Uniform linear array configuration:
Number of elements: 24
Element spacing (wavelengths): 1
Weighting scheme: cosine
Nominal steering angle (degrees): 60
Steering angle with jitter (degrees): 58.06
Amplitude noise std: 0.05
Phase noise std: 0.05

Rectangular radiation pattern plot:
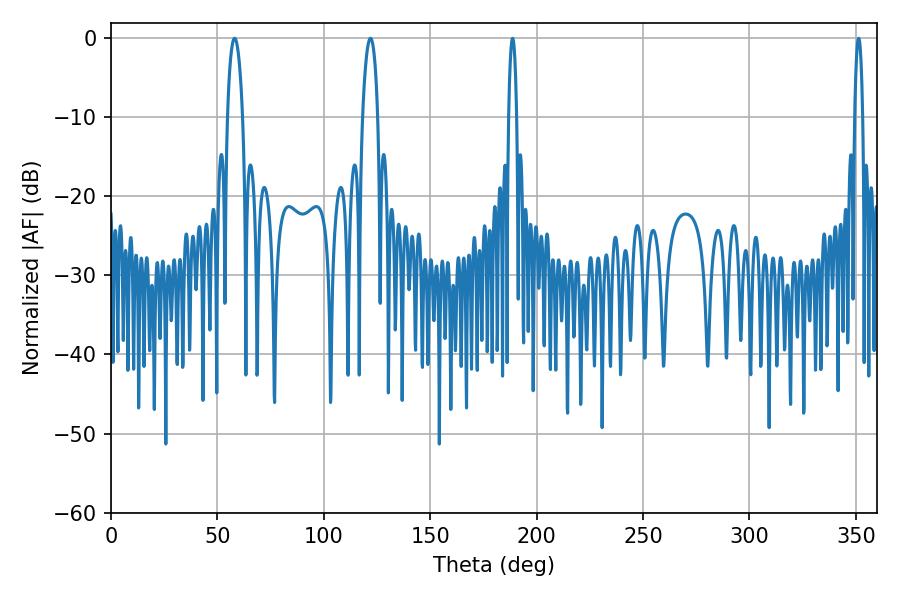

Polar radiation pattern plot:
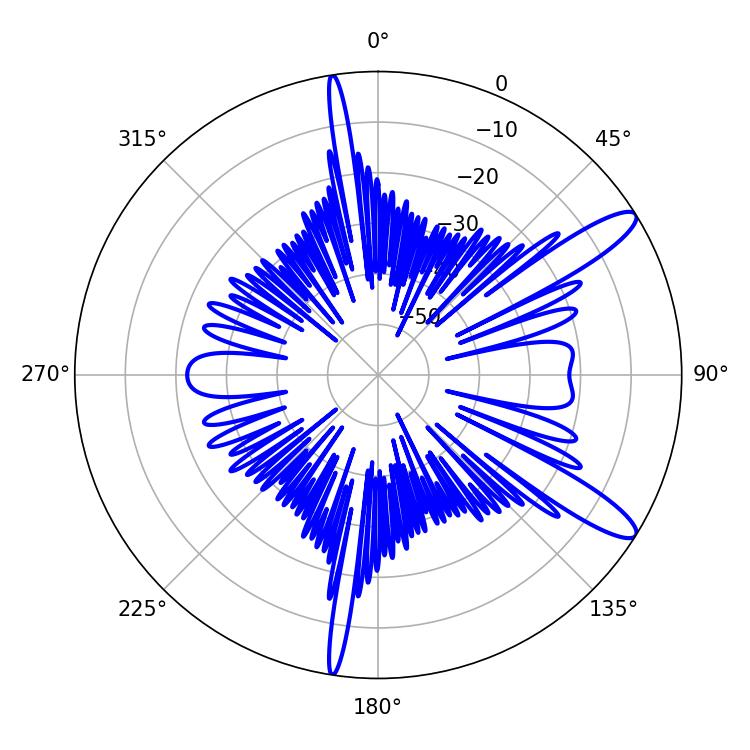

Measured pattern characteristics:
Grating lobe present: TRUE
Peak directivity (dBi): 12.19
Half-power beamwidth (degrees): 3.96
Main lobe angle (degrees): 58.14